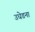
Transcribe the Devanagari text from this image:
उधेडना